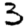
Digit: 3